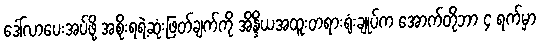
ဒေါ်လာပေးအပ်ဖို့ အစိုးရရဲ့ဆုံးဖြတ်ချက်ကို အိန္ဒိယအထူးတရားရုံးချုပ်က အောက်တိုဘာ ၄ ရက်မှာ